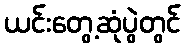
ယင်းတွေ့ဆုံပွဲတွင်